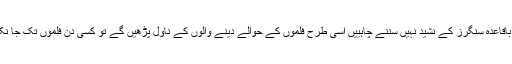
جس طرح باقاعدہ سنگرز کے نشید نہیں سننے چاہییں اسی طرح فلموں کے حوالے دینے والوں کے ناول پڑھیں گے تو کسی دن فلموں تک جا نکلیں گے ہم۔